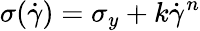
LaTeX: \sigma(\dot{\gamma})=\sigma_{y}+k\dot{\gamma}^{n}